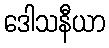
ဒေါသနီယာ